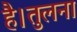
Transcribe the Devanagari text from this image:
है।तुलना